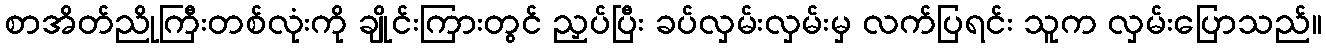
စာအိတ်ညိုကြီးတစ်လုံးကို ချိုင်းကြားတွင် ညှပ်ပြီး ခပ်လှမ်းလှမ်းမှ လက်ပြရင်း သူက လှမ်းပြောသည်။